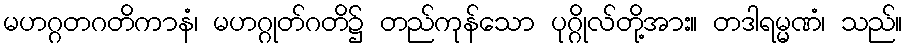
မဟဂ္ဂတဂတိကာနံ၊ မဟဂ္ဂုတ်ဂတိ၌ တည်ကုန်သော ပုဂ္ဂိုလ်တို့အား။ တဒါရမ္မဏံ၊ သည်။